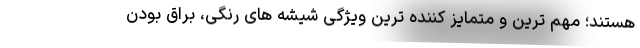
هستند؛ مهم ترین و متمایز کننده ترین ویژگی شیشه های رنگی، براق بودن